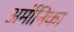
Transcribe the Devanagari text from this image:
अर्मोनिका